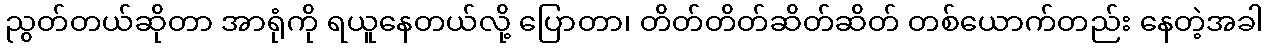
ညွတ်တယ်ဆိုတာ အာရုံကို ရယူနေတယ်လို့ ပြောတာ၊ တိတ်တိတ်ဆိတ်ဆိတ် တစ်ယောက်တည်း နေတဲ့အခါ